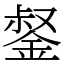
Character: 錖